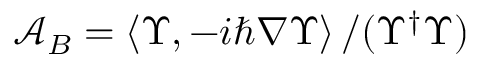
\mathcal { A } _ { B } = \left\langle \Upsilon , - i \hbar \nabla \Upsilon \right\rangle / ( \Upsilon ^ { \dagger } \Upsilon )